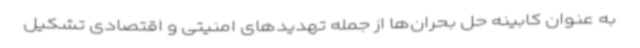
به عنوان کابینه حل بحران‌ها از جمله تهدیدهای امنیتی و اقتصادی تشکیل